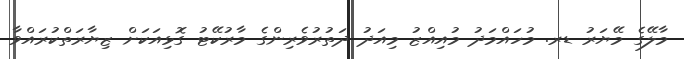
މާލޭގެ މޭޔަރު ޑރ. މުހައްމަދު މުއިއްޒު މިއަދު ދަތުރުވެރިންގެ މާރުކޭޓު ގޮޅިއަކަށް ޒިޔާރަތްކުރައްވާ